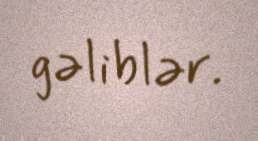
gəliblər.